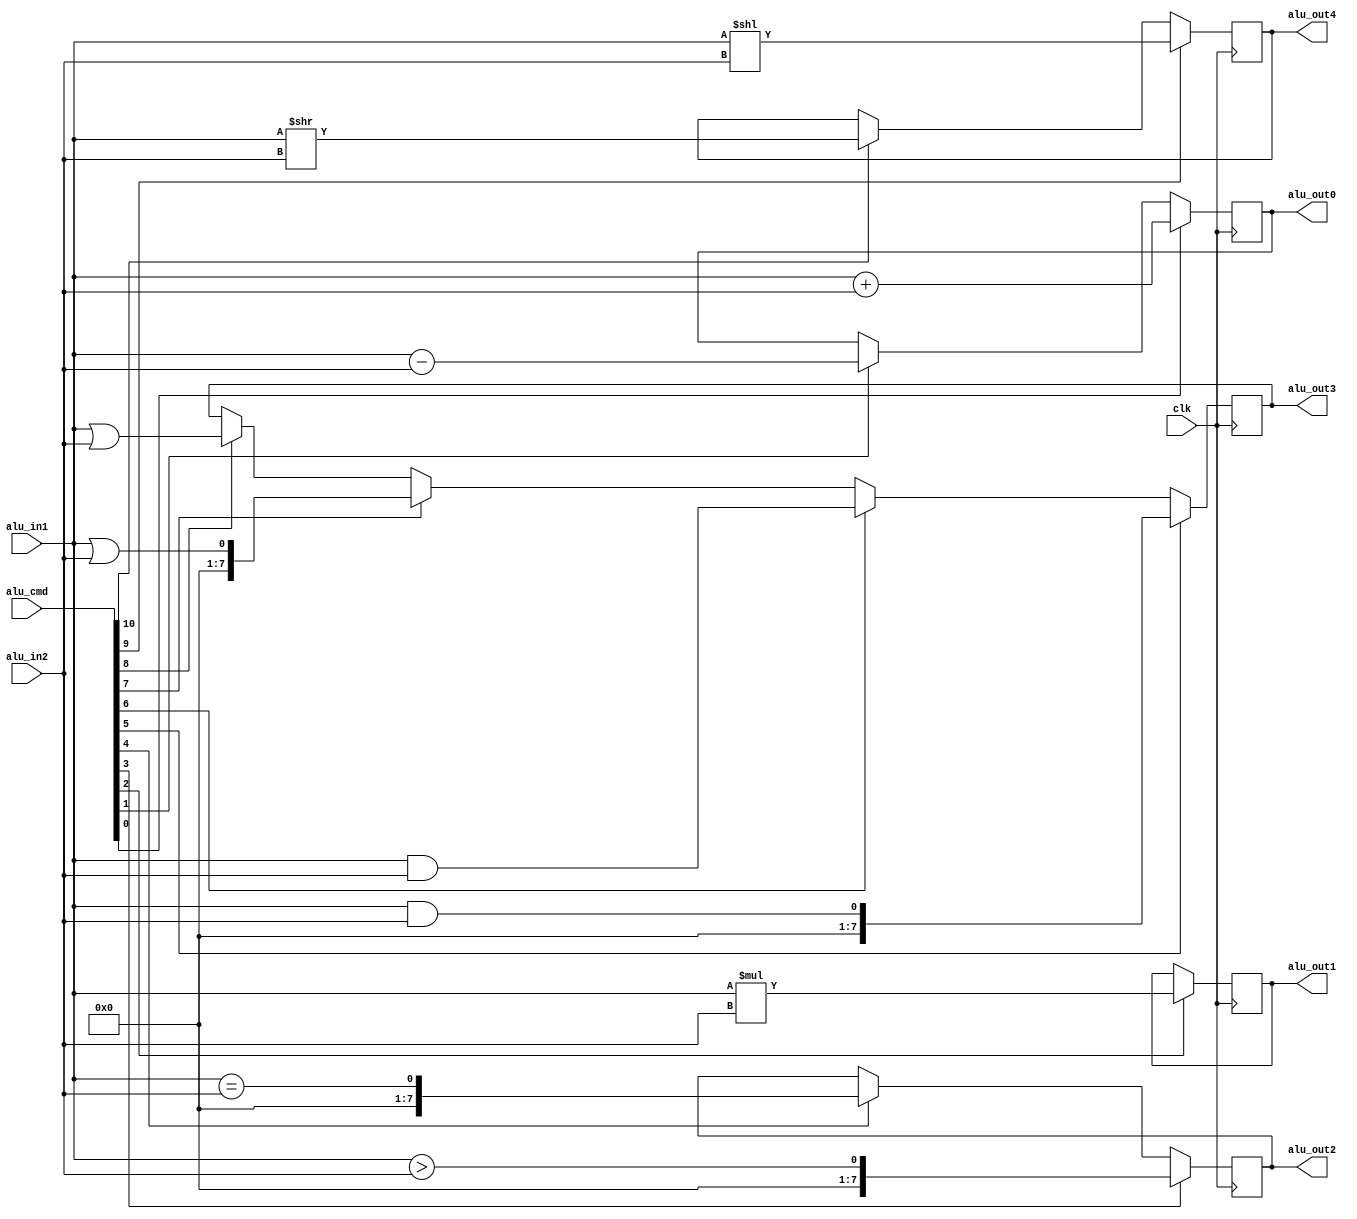
// This program was cloned from: https://github.com/verimake-team/SparkRoad-V
// License: MIT License

`timescale 1ns / 1ps
//////////////////////////////////////////////////////////////////////////////////
// Company: 
// Engineer: 
// 
// Create Date:
// Design Name: 
// Module Name: alu
// Project Name: 
// Target Devices: 
// Tool Versions: 
// Description: 
// 
// Dependencies: 
// 
// Revision:
// Revision 0.01 - File Created
// Additional Comments:
// 
//////////////////////////////////////////////////////////////////////////////////

module alu
(
    input   wire		clk,
    
	// alu in
    input   wire [10:0]	alu_cmd,
	input	wire [7:0]	alu_in1,
	input	wire [7:0]	alu_in2,

    // alu out
	output  reg [8:0]	alu_out0,
	output  reg [15:0]	alu_out1,
	output  reg [7:0]	alu_out2,
	output  reg [7:0]	alu_out3,
	output  reg [7:0]	alu_out4
);

// /
always@(posedge clk)
begin
    if(alu_cmd[0])  
		alu_out0  <= (alu_in1 + alu_in2);
    else if(alu_cmd[1])  
		alu_out0  <= (alu_in1 - alu_in2);
end

// 
always@(posedge clk)
begin
    if(alu_cmd[2])  
		alu_out1  <= (alu_in1 * alu_in2);
end

// 
always@(posedge clk)
begin
    if(alu_cmd[3]) 
		alu_out2 <= (alu_in1 >  alu_in2);
    else if(alu_cmd[4]) 
		alu_out2 <= (alu_in1 == alu_in2);
end

// 
always@(posedge clk)
begin
    if(alu_cmd[5])  
		alu_out3 <= (alu_in1 && alu_in2);
    else if(alu_cmd[6])  
		alu_out3 <= (alu_in1 &  alu_in2);
    else if(alu_cmd[7])  
		alu_out3 <= (alu_in1 || alu_in2);
    else if(alu_cmd[8])  
		alu_out3 <= (alu_in1 |  alu_in2);
end

// 
always@(posedge clk)
begin
    if(alu_cmd[9])  
		alu_out4 <= (alu_in1 << alu_in2);
    else if(alu_cmd[10]) 
		alu_out4 <= (alu_in1 >> alu_in2);
end

endmodule